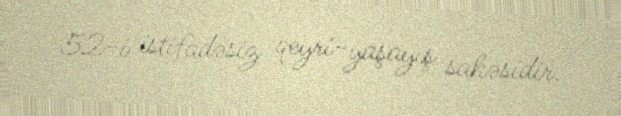
52-i istifadəsiz qeyri-yaşayış sahəsidir.